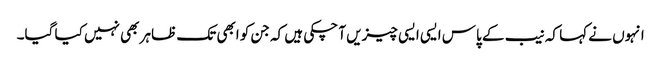
انہوں نے کہا کہ نیب کے پاس ایسی ایسی چیزیں آ چکی ہیں کہ جن کو ابھی تک ظاہر بھی نہیں کیا گیا۔